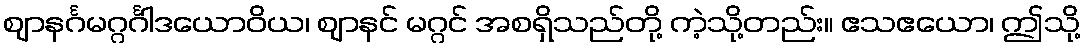
ဈာနင်္ဂမဂ္ဂင်္ဂါဒယောဝိယ၊ ဈာနင် မဂ္ဂင် အစရှိသည်တို့ ကဲ့သို့တည်း။ ဧသဧယော၊ ဤသို့